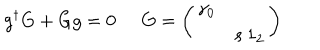
g ^ { \dagger } G + G g = 0 \; \; G = \left( \begin{array} { c c } { { \gamma _ { 0 } } } & { { } } \\ { { } } & { { s \: 1 _ { 2 } } } \\ \end{array} \right)